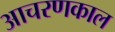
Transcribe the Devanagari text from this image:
आचरणकाल